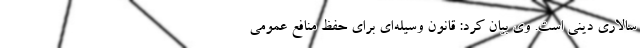
سالاری دینی است. وی بیان کرد: قانون وسیله‌ای برای حفظ منافع عمومی